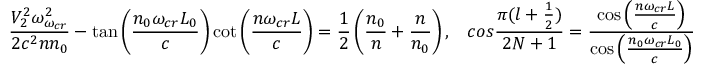
\frac { V _ { 2 } ^ { 2 } \omega _ { \omega _ { c r } } ^ { 2 } } { 2 c ^ { 2 } n n _ { 0 } } - \tan \left( \frac { n _ { 0 } \omega _ { c r } L _ { 0 } } { c } \right) \cot \left( \frac { n \omega _ { c r } L } { c } \right) = \frac { 1 } { 2 } \left( \frac { n _ { 0 } } { n } + \frac { n } { n _ { 0 } } \right) , \ \ \, c o s \frac { \pi ( l + \frac { 1 } { 2 } ) } { 2 N + 1 } = \frac { \cos \left( \frac { n \omega _ { c r } L } { c } \right) } { \cos \left( \frac { n _ { 0 } \omega _ { c r } L _ { 0 } } { c } \right) }